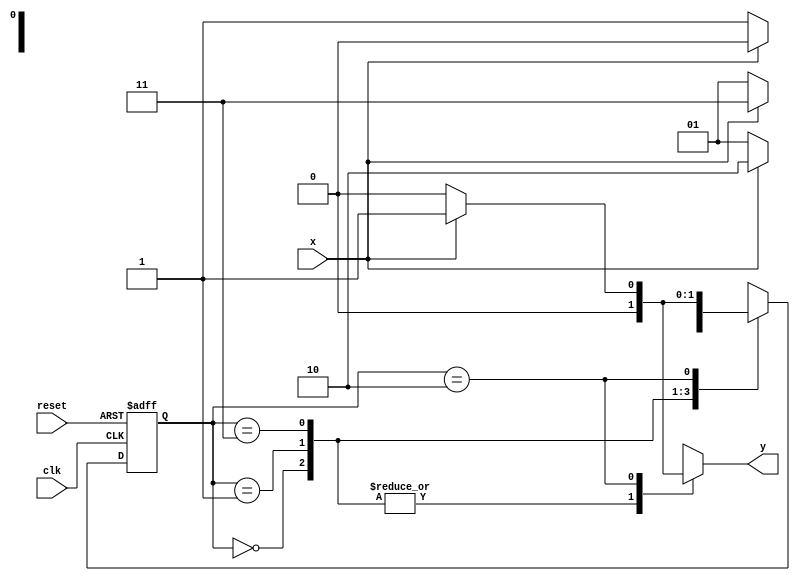
/* 
PUC-Minas - Cincia da Computao 
ARQ1  Guia 07 
Perodo: 12-16/09/2011 
--------------------------------------------------------------- 
Tema: Introduo  linguagem Verilog 
Atividade: Circuitos sequenciais  Mquinas de estado finito (FSM) 
--------------------------------------------------------------- 
Mateus Augusto Moraes Ferreira   Matricula:435669
---------------------------------------------------------------  
06.) Projetar e descrever em Verilog um mdulo 
para implementar uma mquina de estados finitos, 
capaz de reconhecer a primeira sequncia 
(0111) que aparecer. 
O nome do arquivo dever ser Exemplo0054.v. 
Incluir previso de testes e verificao do circuito 
pelo Logisim. 
--------------------------------------------------------------- 
*/


// -------------- 
// --- Mealy0111 
// -------------- 


//constant definitions
`define found 1
`define notfound 0

//FSM by Mealy

module mealy0111(y, x, clk, reset);

output y;
input x;
input clk;
input reset;

reg y;

parameter //state identifiers
start = 2'b00,
id01  = 2'b01,
id011 = 2'b11,
id0111= 2'b10;


reg[1:0]E1;//current state variables
reg[1:0]E2;//next stat logic output

//next state logic
always @(x or E1)
begin
	y = `notfound;
case(E1)
	start:
		if(x)
			E2 = start;
		else
			E2 = id01;
id01:
	if(x)
		E2 = id011;
	else
		E2 =	id01;
id011:
	if(x)
		E2 = id0111;
	else
		E2 = id01;	
id0111:
	if(x)
		begin
			E2 = id01;
			y = `found;
	end
			
	else
	begin
		E2 = start;
		y = `notfound;
	end
default:  //undefined state
	E2 = 2'bxx;
endcase

end // always at signal or state changing

//state variables
always @(posedge clk or negedge reset)
begin
if(reset)
E1 = E2; //updates current state
else
E1 = 0; //reset

end // always at signal changing

endmodule